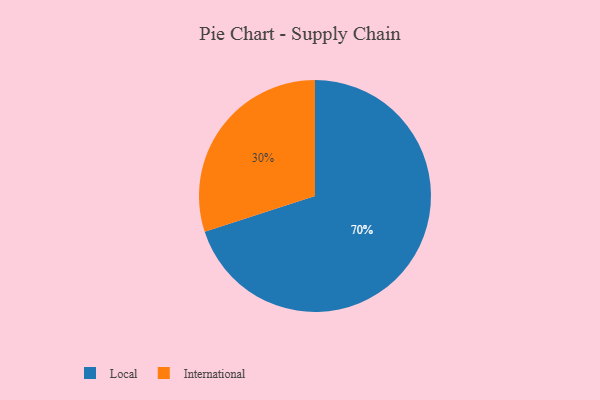
{"axis": {"x": "Category", "y": "Percentage"}, "legend": ["International", "Local"], "data": [{"x": "Local", "y": 70, "type": "Local"}, {"x": "International", "y": 30, "type": "International"}]}